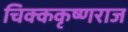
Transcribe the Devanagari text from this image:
चिक्ककृष्णराज